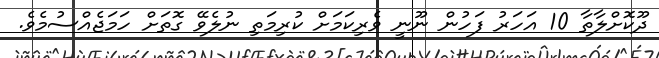
ދޫކޮށްލާތާ 10 އަހަރު ފަހުން ނޫނީ ވެރިކަމަށް ކުރިމަތި ނުލެވޭ ގޮތަށް ހަމަޖެއްސުމެވެ.